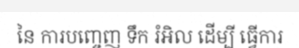
នៃ ការបញ្ចេញ ទឹក រំអិល ដើម្បី ធ្វើការ